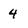
Character: 4